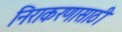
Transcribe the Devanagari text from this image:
निराकरणासाठी